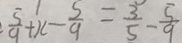
\frac { 5 } { 9 } + x - \frac { 5 } { 9 } = \frac { 3 } { 5 } - \frac { 5 } { 9 }